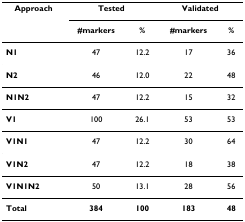
| Approach | <COLSPAN=2> Tested | <COLSPAN=2> Validated |
 |  | #markers | % | #markers | % |
 | --- | --- | --- | --- | --- |
 | N1 | 47 | 12.2 | 17 | 36 |
 | N2 | 46 | 12.0 | 22 | 48 |
 | N1N2 | 47 | 12.2 | 15 | 32 |
 | V1 | 100 | 26.1 | 53 | 53 |
 | V1N1 | 47 | 12.2 | 30 | 64 |
 | V1N2 | 47 | 12.2 | 18 | 38 |
 | V1N1N2 | 50 | 13.1 | 28 | 56 |
 | Total | 384 | 100 | 183 | 48 |